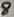
Text: 8